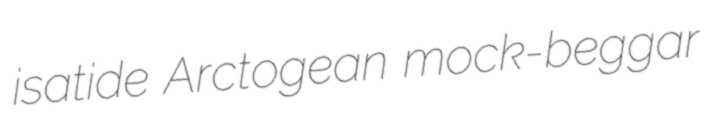
isatide Arctogean mock-beggar